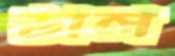
ডাল